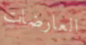
العارضات